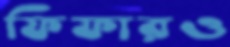
ফিফারও